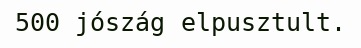
500 jószág elpusztult.